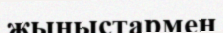
жыныстармен